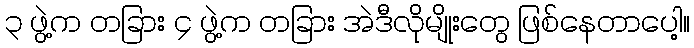
၃ ဖွဲ့က တခြား ၄ ဖွဲ့က တခြား အဲဒီလိုမျိုးတွေ ဖြစ်နေတာပေါ့။